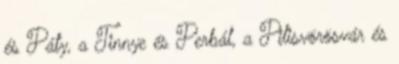
és Páty, a Tinnye és Perbál, a Pilisvörösvár és